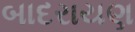
બાદરાયણ